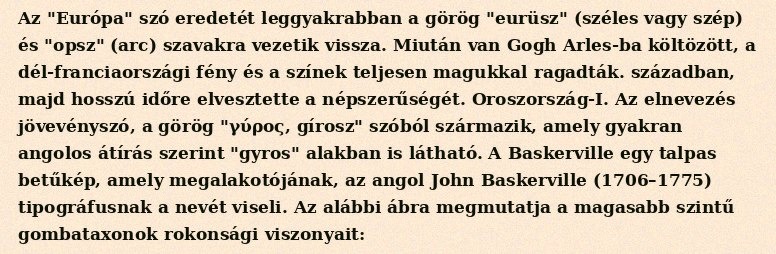
Az "Európa" szó eredetét leggyakrabban a görög "eurüsz" (széles vagy szép) és "opsz" (arc) szavakra vezetik vissza. Miután van Gogh Arles-ba költözött, a dél-franciaországi fény és a színek teljesen magukkal ragadták. században, majd hosszú időre elvesztette a népszerűségét. Oroszország-I. Az elnevezés jövevényszó, a görög "γύρος, gírosz" szóból származik, amely gyakran angolos átírás szerint "gyros" alakban is látható. A Baskerville egy talpas betűkép, amely megalakotójának, az angol John Baskerville (1706–1775) tipográfusnak a nevét viseli. Az alábbi ábra megmutatja a magasabb szintű gombataxonok rokonsági viszonyait: